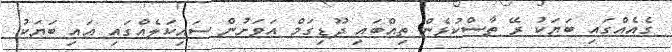
ގެއެއްގައި ބަޔަކު ރޭ ތާސްކުޅެން ތިއްބައި ދޫޑިގަމް އަވަށުން ސައިކަލެއްގައި އައި ބަޔަކު